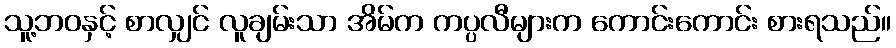
သူ့ဘဝနှင့် စာလျှင် လူချမ်းသာ အိမ်က ကပ္ပလီများက ကောင်းကောင်း စားရသည်။